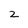
Character: 2